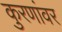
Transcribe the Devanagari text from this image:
कुरणांवर